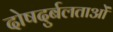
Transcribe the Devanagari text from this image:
दोषदुर्बलताओं